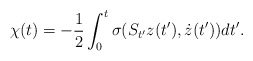
\begin{align*}\chi(t)=-\frac{1}{2}\int_{0}^{t}\sigma(S_{t^{\prime}}z(t^{\prime}),\dot{z}(t^{\prime}))dt^{\prime}. \end{align*}